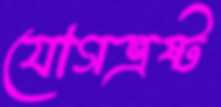
যোগভ্রষ্ট